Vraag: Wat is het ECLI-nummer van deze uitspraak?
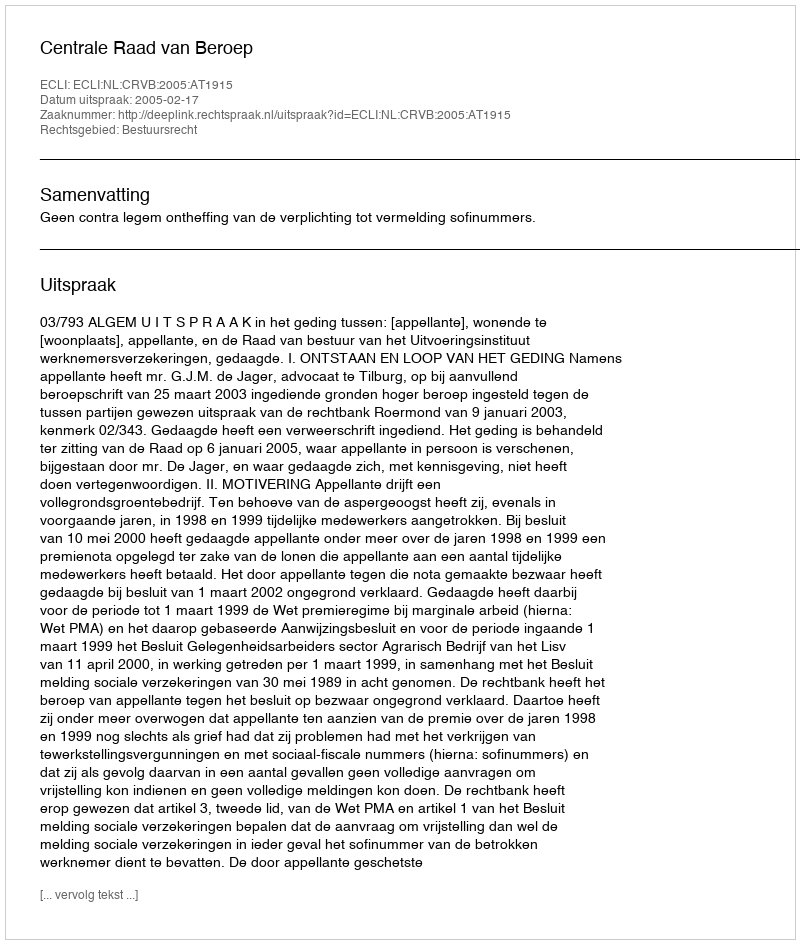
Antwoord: ECLI:NL:CRVB:2005:AT1915